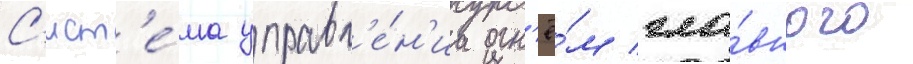
С'ист'е́ма управл'е́н'иа огн'ё́м гла́вного